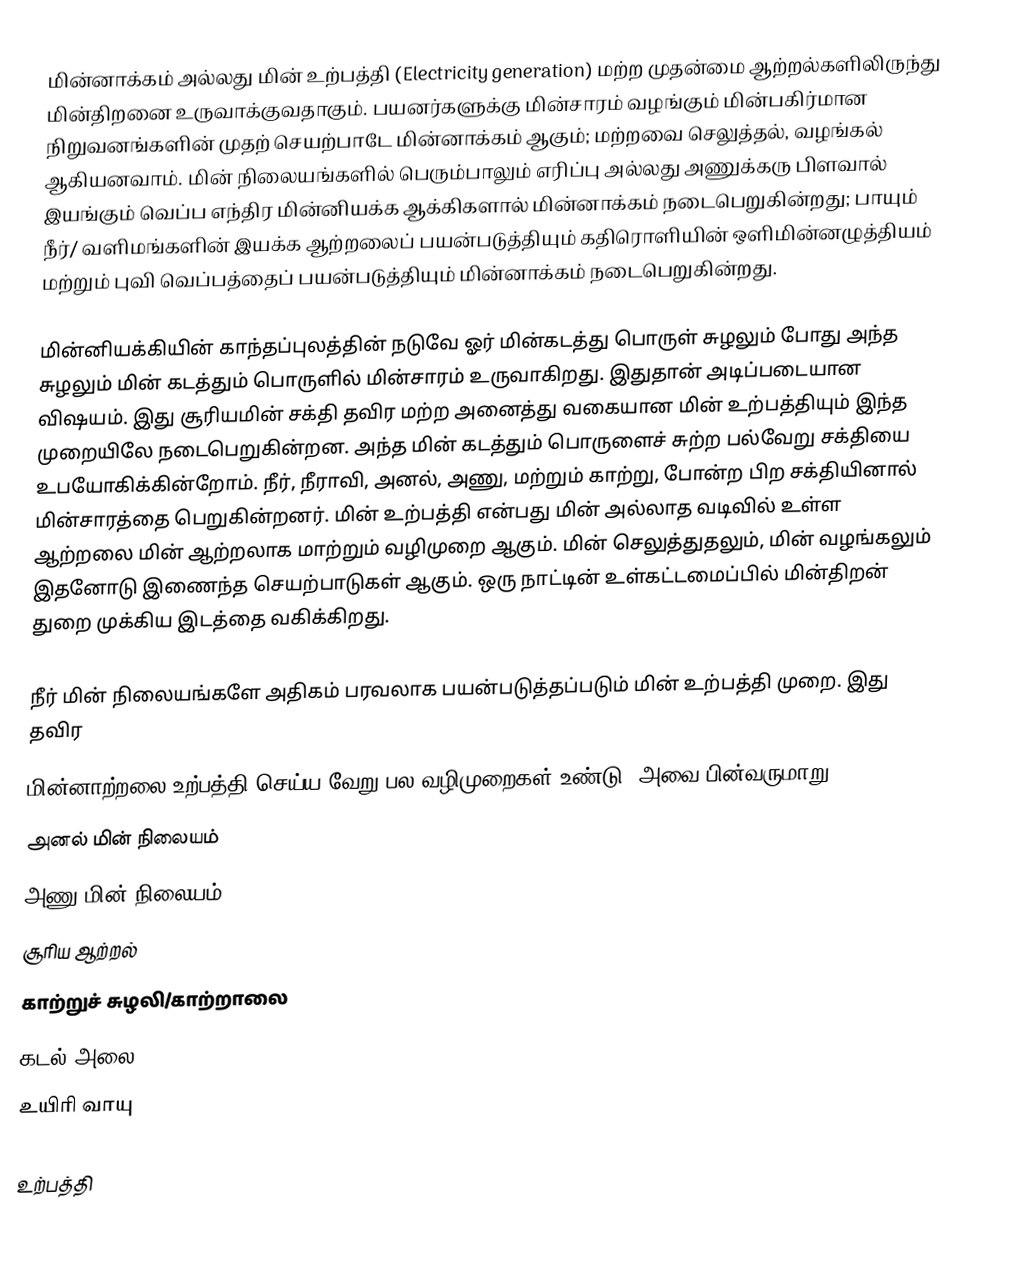
மின்னாக்கம் அல்லது மின் உற்பத்தி (Electricity generation) மற்ற முதன்மை ஆற்றல்களிலிருந்து மின்திறனை உருவாக்குவதாகும். பயனர்களுக்கு மின்சாரம் வழங்கும் மின்பகிர்மான நிறுவனங்களின்  முதற் செயற்பாடே  மின்னாக்கம் ஆகும்; மற்றவை செலுத்தல், வழங்கல் ஆகியனவாம்.  மின் நிலையங்களில் பெரும்பாலும் எரிப்பு அல்லது அணுக்கரு பிளவால்  இயங்கும் வெப்ப எந்திர மின்னியக்க ஆக்கிகளால் மின்னாக்கம் நடைபெறுகின்றது;  பாயும் நீர்/ வளிமங்களின் இயக்க ஆற்றலைப் பயன்படுத்தியும் கதிரொளியின் ஒளிமின்னழுத்தியம் மற்றும் புவி வெப்பத்தைப் பயன்படுத்தியும் மின்னாக்கம் நடைபெறுகின்றது.

மின்னியக்கியின்  காந்தப்புலத்தின் நடுவே ஓர் மின்கடத்து பொருள் சுழலும் போது அந்த சுழலும் மின் கடத்தும் பொருளில்  மின்சாரம் உருவாகிறது. இதுதான் அடிப்படையான விஷயம். இது சூரியமின் சக்தி தவிர மற்ற அனைத்து வகையான மின் உற்பத்தியும் இந்த முறையிலே நடைபெறுகின்றன. அந்த மின் கடத்தும் பொருளைச் சுற்ற பல்வேறு சக்தியை உபயோகிக்கின்றோம். நீர், நீராவி, அனல், அணு, மற்றும் காற்று, போன்ற பிற சக்தியினால் மின்சாரத்தை பெறுகின்றனர். மின் உற்பத்தி என்பது மின் அல்லாத வடிவில் உள்ள ஆற்றலை மின் ஆற்றலாக மாற்றும் வழிமுறை ஆகும். மின் செலுத்துதலும், மின் வழங்கலும் இதனோடு இணைந்த செயற்பாடுகள் ஆகும். ஒரு நாட்டின் உள்கட்டமைப்பில் மின்திறன் துறை முக்கிய இடத்தை வகிக்கிறது.

நீர் மின் நிலையங்களே  அதிகம் பரவலாக பயன்படுத்தப்படும் மின் உற்பத்தி முறை. இது தவிர
மின்னாற்றலை உற்பத்தி செய்ய வேறு பல வழிமுறைகள் உண்டு. அவை பின்வருமாறு:
 அனல் மின் நிலையம்
 அணு மின் நிலையம்
 சூரிய ஆற்றல்
 காற்றுச் சுழலி/காற்றாலை
 கடல் அலை
 உயிரி வாயு

உற்பத்தி